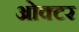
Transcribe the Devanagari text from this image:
ओक्टर